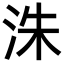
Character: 洙